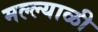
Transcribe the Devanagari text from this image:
मल्ल्याळी